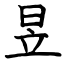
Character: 昱